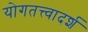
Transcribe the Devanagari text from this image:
योगतत्त्वादर्श